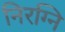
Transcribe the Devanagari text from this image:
निरग्नि